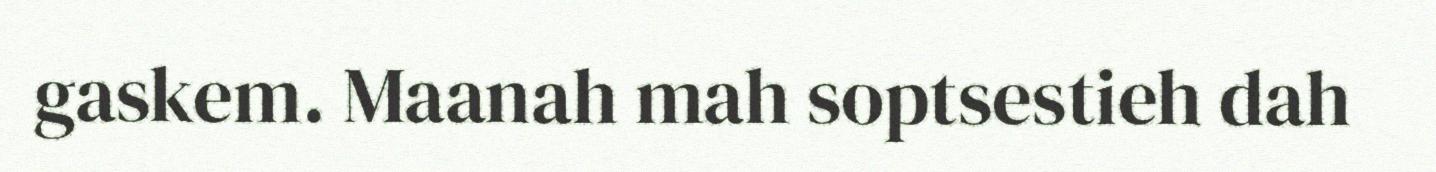
gaskem. Maanah mah soptsestieh dah